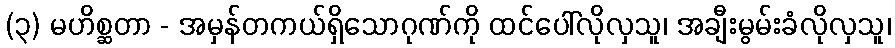
(၃) မဟိစ္ဆတာ - အမှန်တကယ်ရှိသောဂုဏ်ကို ထင်ပေါ်လိုလှသူ၊ အချီးမွမ်းခံလိုလှသူ၊